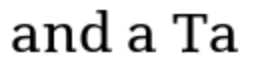
and a Ta